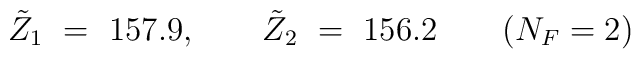
\tilde{Z}_1 \ =\ 157.9, \qquad \tilde{Z}_2 \ =\ 156.2 \qquad (N_F=2)